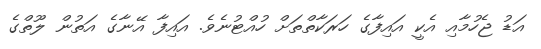
އަޑު ޖެހުމާއި އެކީ އައިފާގެ ހަރަކާތްތަށް ހުއްޓުނެވެ. އައިފާ އޭނާގެ އަތުން ލޫތްގެ